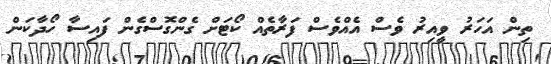
ތިން އަހަރު ވީއިރު ވެސް އެއްވެސް ފަރާތެއް ކޯޓަށް ގެންގޮސްގެން ފައިސާ ހޯދާކަން